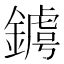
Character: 𨫴